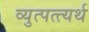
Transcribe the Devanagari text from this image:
व्युत्पत्त्यर्थ